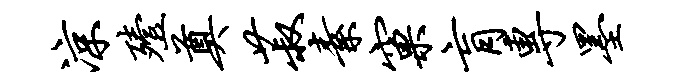
凉殪奠菽素窠肓专墨